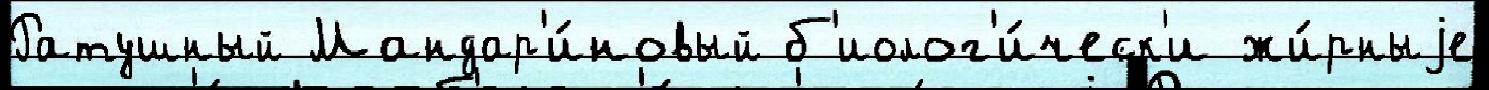
Ратушный Мандар'и́новый б'иолог'и́ческ'и жи́рныjе